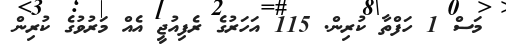
މަސް 1 ހަފްތާ ކުރިން. 115 އަހަރުގެ ރެފިއުޖީ އެއް މަރުވުުގެ ކުރިން